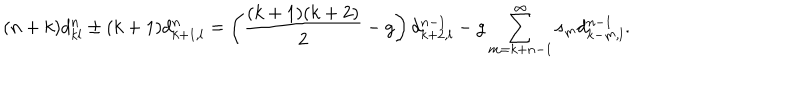
LaTeX: ( n + k ) d _ { k l } ^ { n } \pm ( k + 1 ) d _ { k + 1 , l } ^ { n } = \left( \frac { ( k + 1 ) ( k + 2 ) } { 2 } - g \right) d _ { k + 2 , l } ^ { n - 1 } - g \sum _ { m = k + n - 1 } ^ { \infty } s _ { m } d _ { k - m , l } ^ { n - 1 } .